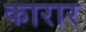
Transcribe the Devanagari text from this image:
कारार